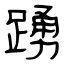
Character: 踴